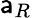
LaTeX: \mathsf{a}_{R}